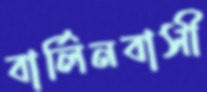
বার্লিনবাসী